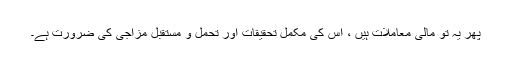
پھر یہ تو مالی معاملات ہیں ، اس کی مکمل تحقیقات اور تحمل و مستقبل مزاجی کی ضرورت ہے۔